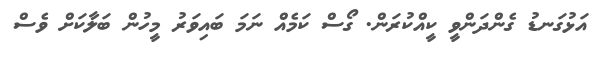
އަޅުގަނޑު ގެންދަންވީ ކީއްކުރަން. ގޯސް ކަމެއް ނަމަ ބައިވަރު މީހުން ބަލާކަށް ވެސް